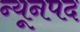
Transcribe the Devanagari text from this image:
न्यूनपद